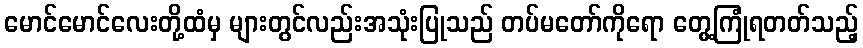
မောင်မောင်လေးတို့ထံမှ များတွင်လည်းအသုံးပြုသည် တပ်မတော်ကိုရော တွေ့ကြုံရတတ်သည့်